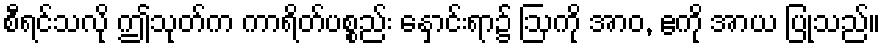
စီရင်သလို ဤသုတ်က ကာရိတ်ပစ္စည်း နှောင်းရာ၌ ဩကို အာဝ, ဧကို အာယ ပြုသည်။